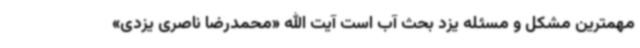
مهمترین مشکل و مسئله یزد بحث آب است آیت الله «محمدرضا ناصری یزدی»